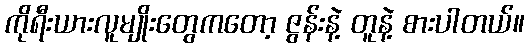
ကိုရီးယားလူမျိုးတွေကတော့ ဇွန်းနဲ့ တူနဲ့ စားပါတယ်။